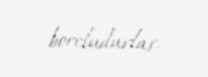
borcludurlar.